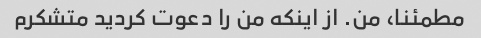
مطمئنا، من. از اینکه من را دعوت کردید متشکرم